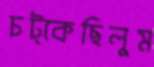
চট্‌কেছিলুম